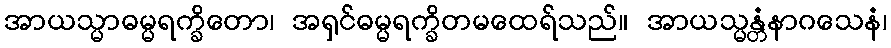
အာယသ္မာဓမ္မရက္ခိတော၊ အရှင်ဓမ္မရက္ခိတမထေရ်သည်။ အာယသ္မန္တံနာဂသေနံ၊